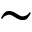
\sim